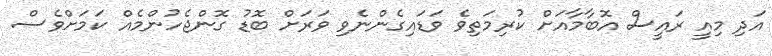
އަދި މިއީ ރައީސް އޮބާމާއަށް ކުރިމަތިވެ ވަޑައިގެންނެވި ވަރަށް ބޮޑު ގޮންޖެހުންމެއް ކަމަށްވެސް